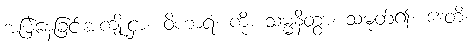
အမြဲနေခြင်းအကျိုးငှာ။ ဝိဟာရံ၊ ကို။ သမ္မနိတွာ၊ သမုတ်၍။ ဒေတိ၊